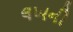
લખનૌ